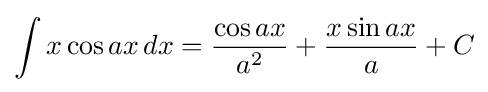
\int x\cos ax\,dx={\frac {\cos ax}{a^{2}}}+{\frac {x\sin ax}{a}}+C